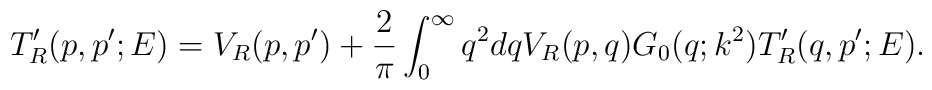
T_{R}'(p,p';E)=V_R(p,p')+\frac 2\pi \int_0^\infty {q^2dq{V_R(p,q)}G_0(q;k^2)T_{R}'(q,p';E)}.